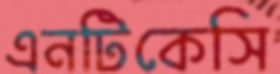
এনটিকেসি